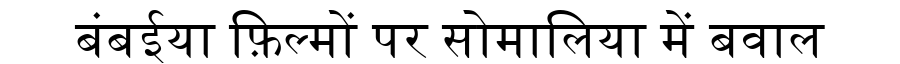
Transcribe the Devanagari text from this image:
बंबईया फ़िल्मों पर सोमालिया में बवाल